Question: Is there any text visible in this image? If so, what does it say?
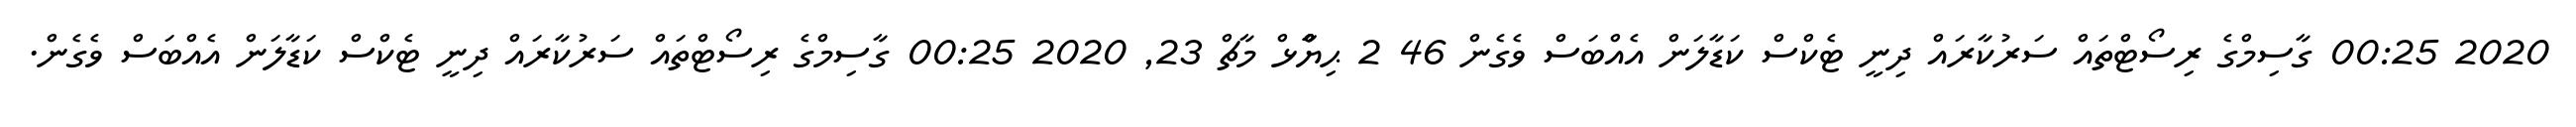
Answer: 2020 00:25 ގާސިމްގެ ރިސޯޓްތައް ސަރުކާރައް ދިނީ ޓެކްސް ކަޑާލަން އެއްބަސް ވެގެން 46 2 ޙިޔާާްްޅް މާޗް 23, 2020 00:25 ގާސިމްގެ ރިސޯޓްތައް ސަރުކާރައް ދިނީ ޓެކްސް ކަޑާލަން އެއްބަސް ވެގެން.